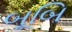
બૂબિ